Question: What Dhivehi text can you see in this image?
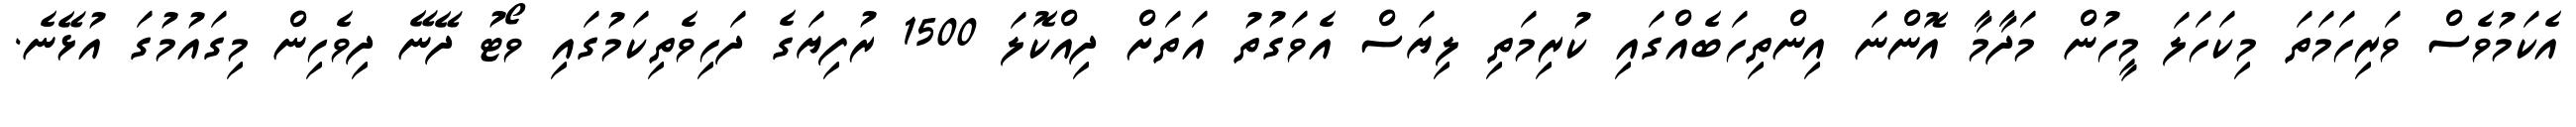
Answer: އެކަމުވެސް ވަރިހަމަތަ މިކަހަލަ މީހުން މަދާމާ އޮންނަ އިންތިހަބެއްގައި ކުރިމަތި ލިޔަސް އެވަގުތު އަތަށް ދިއްކޮލަ 1500 ރުފިޔަގެ ދަހިވެތިކަމުގައި ވޯޓު ދޭނޭ ދިވެހިން މިގައުމުގަ އުޅޭނެ.